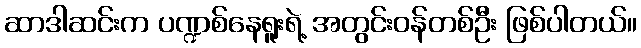
ဆာဒါဆင်းက ပဏ္ဍစ်နေရူးရဲ့ အတွင်းဝန်တစ်ဦး ဖြစ်ပါတယ်။